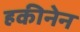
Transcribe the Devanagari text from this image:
हकीनेन